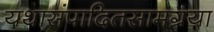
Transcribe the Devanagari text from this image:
यथासंपादितसामग्रया